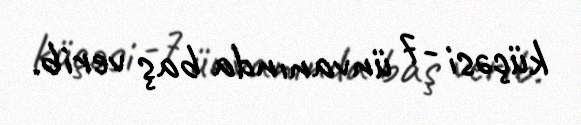
küçəsi -7 ünvanında baş verib.